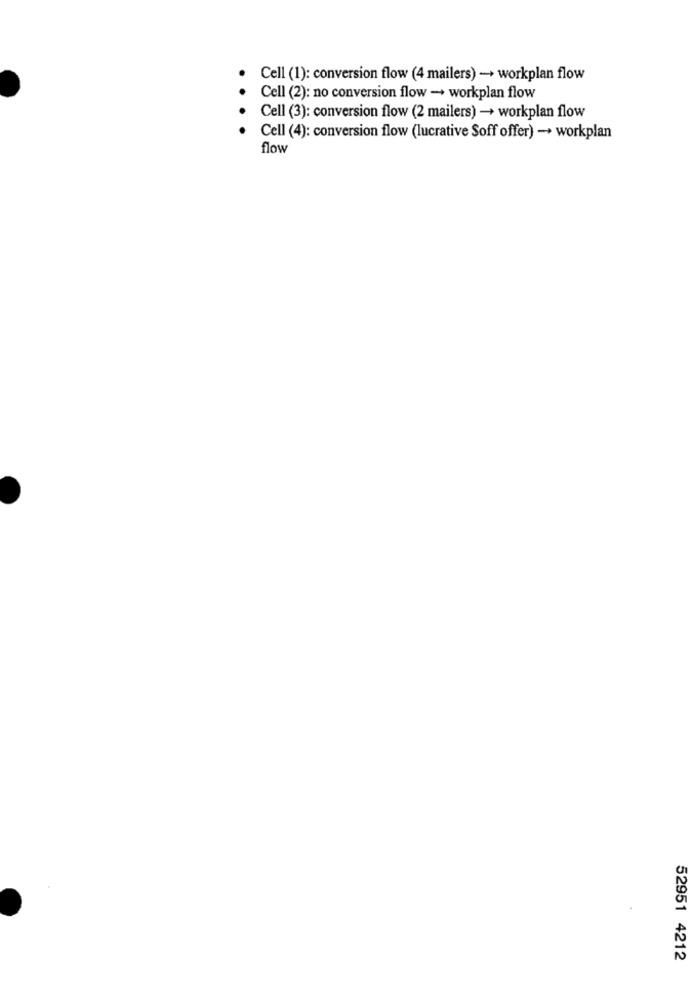
Cell (1): conversion flow (4 mailers) -+ workplan flow
Cell (2): no conversion flow - workplan flow
Cell (3): conversion flow (2 mailers) -+ workplan flow
Cell (4): conversion flow (lucrative Soff offer) -+ workplan
flow
52951 4212